Annual returns of the Patna Lunatic Asylum at Bankipore in Bihar and Orissa - 1912-1924
Year: 1912
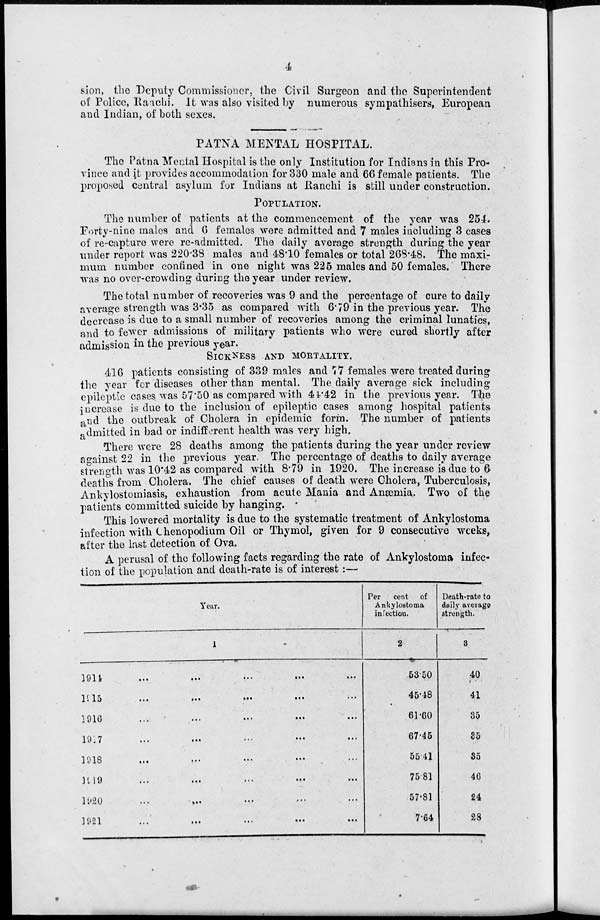
4
sion, the Deputy Commissioner, the Civil Surgeon and the Superintendent
of Police, Ranchi. It was also visited by numerous sympathisers, European
and Indian, of both sexes,
PATNA MENTAL HOSPITAL.
The Patna Mental Hospital is the only Institution for Indians in this Pro-
vince and it provides accommodation for 330 male and 66 female patients. The
proposed central asylum for Indians at Ranchi is still under construction.
POPULATION.
The number of patients at the commencement of the year was 254.
Forty-nine males and 6 females were admitted and 7 males including 3 cases
of re-capture were re-admitted. The daily average strength during the year
under report was 220.38 males and 48.10 females or total 268.48. The maxi-
mum number confined in one night was 225 males and 50 females. There
was no over-crowding during the year under review.
The total number of recoveries was 9 and the percentage of cure to daily
average strength was 3.35 as compared with 6.79 in the previous year. The
decrease is due to a small number of recoveries among the criminal lunatics,
and to fewer admissions of military patients who were cured shortly after
admission in the previous year.
SICKNESS AND MORTALITY.
416 patients consisting of 339 males and 77 females were treated during
the year for diseases other than mental. The daily average sick including
epileptic cases was 57.50 as compared with 44.42 in the previous year. The
increase is due to the inclusion of epileptic cases among hospital patients
and the outbreak of Cholera in epidemic form. The number of patients
admitted in bad or indifferent health was very high.
There were 28 deaths among the patients during the year under review
against 22 in the previous year. The percentage of deaths to daily average
strength was 10.42 as compared with 8.79 in 1920. The increase is due to 6
deaths from Cholera. The chief causes of death were Cholera, Tuberculosis,
Ankylostomiasis, exhaustion from acute Mania and Anæmia. Two of the
patients committed suicide by hanging.
This lowered mortality is due to the systematic treatment of Ankylostoma
infection with Chenopodium Oil or Thymol, given for 9 consecutive weeks,
after the last detection of Ova.
A perusal of the following facts regarding the rate of Ankylostoma infec-
tion of the population and death-rate is of interest :—
Year.
1
1914
...
...
...
...
...
1915
...
...
...
...
...
1916
...
...
...
...
...
1917 ... ... ... ... ...
1918 ... ... ... ... ...
1919
...
...
...
...
...
1920 ... ... ... ... ...
1921
...
...
...
...
...
Per
cent of
Ankylostoma
infection.
2
53.50
45.48
61.60
67.45
55.41
75.81
57.81
7.64
Death-rate to
daily average
strength.
3
40
41
35
35
35
46
24
28